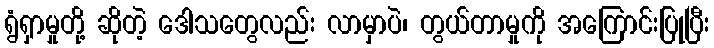
ရွံရှာမှုတို့ ဆိုတဲ့ ဒေါသတွေလည်း လာမှာပဲ၊ တွယ်တာမှုကို အကြောင်းပြုပြီး